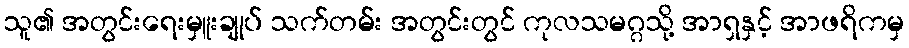
သူ၏ အတွင်းရေးမှူးချုပ် သက်တမ်း အတွင်းတွင် ကုလသမဂ္ဂသို့ အာရှနှင့် အာဖရိကမှ